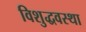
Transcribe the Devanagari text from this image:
विशुद्धवस्था